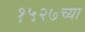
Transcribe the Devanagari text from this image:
१५२७च्या